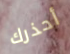
أحذرك